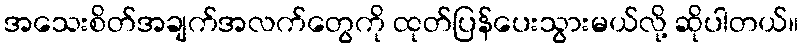
အသေးစိတ်အချက်အလက်တွေကို ထုတ်ပြန်ပေးသွားမယ်လို့ ဆိုပါတယ်။